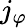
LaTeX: j_{\varphi}